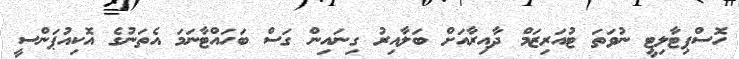
ހޮސްޕިޓާލިޓީ ނުވަތަ ޓުއަރިޒަމް ދާއިރާއަށް ބަލާއިރު ގިނައިން ގަސް ބަހައްޓާނަމަ އެތަނުގެ އޮކިއުޕަންސީ